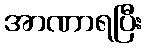
အာဏာရပြီး